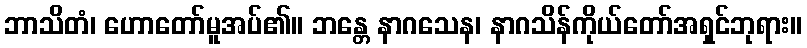
ဘာသိတံ၊ ဟောတော်မူအပ်၏။ ဘန္တေ နာဂသေန၊ နာဂသိန်ကိုယ်တော်အရှင်ဘုရား။